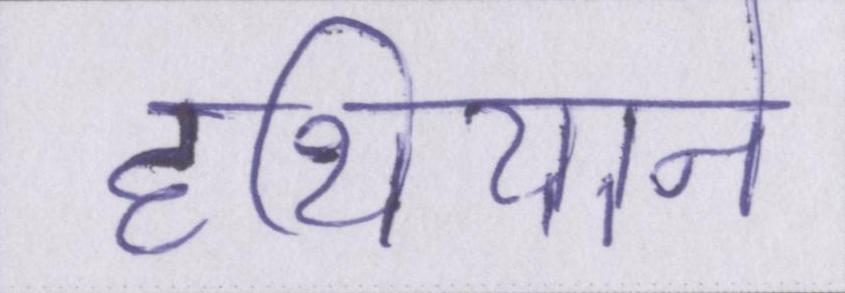
हथियाने